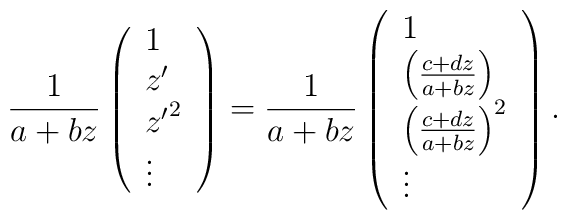
{1\over a+bz}        \left(        \begin{array}{l}                        1 \\ z' \\ {z'}^2 \\ \vdots        \end{array}        \right)        =        {1\over a+bz}        \left(        \begin{array}{l}                        1 \\ \left({c + dz\over a + bz}\right) \\ \left({c + dz\over a + bz}\right)^2 \\ \vdots        \end{array}        \right).